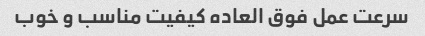
سرعت عمل فوق العاده کیفیت مناسب و خوب